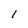
Character: 1